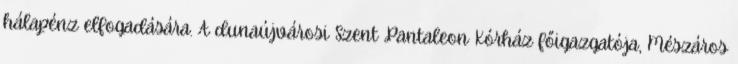
hálapénz elfogadására. A dunaújvárosi Szent Pantaleon Kórház főigazgatója, Mészáros